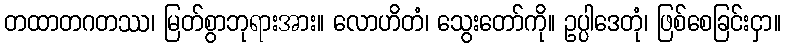
တထာတဂတဿ၊ မြတ်စွာဘုရားအား။ လောဟိတံ၊ သွေးတော်ကို။ ဥပ္ပါဒေတုံ၊ ဖြစ်စေခြင်းငှာ။